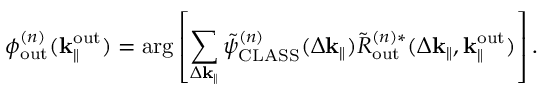
\phi _ { \mathrm { o u t } } ^ { ( n ) } ( \mathbf { k } _ { \parallel } ^ { \mathrm { o u t } } ) = \arg \left[ \sum _ { \Delta \mathbf { k } _ { \parallel } } \Tilde { \psi } _ { \mathrm { C L A S S } } ^ { ( n ) } ( \Delta \mathbf { k } _ { \parallel } ) \Tilde { R } _ { \mathrm { o u t } } ^ { ( n ) \ast } ( \Delta \mathbf { k } _ { \parallel } , \mathbf { k } _ { \parallel } ^ { \mathrm { o u t } } ) \right] .